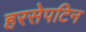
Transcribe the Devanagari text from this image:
हरसेपटिन